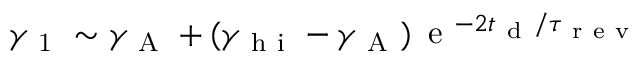
\gamma _ { \mathrm { ~ 1 ~ } } \sim \gamma _ { \mathrm { ~ A ~ } } + ( \gamma _ { \mathrm { ~ h ~ i ~ } } - \gamma _ { \mathrm { ~ A ~ } } ) \, \mathrm { ~ e ~ } ^ { - 2 t _ { \mathrm { ~ d ~ } } / \tau _ { \mathrm { ~ r ~ e ~ v ~ } } }